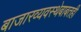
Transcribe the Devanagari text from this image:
बाजारव्यवस्थेबाबतही